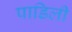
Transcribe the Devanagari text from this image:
पाडिली